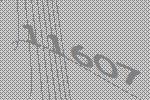
11607